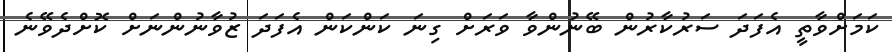
ކަމަަށްވާތީ އެފަދަ ސަރުކާރުން ބޭނުންވާ ވަރަށް ގިނަ ކަންކަން އެފަދަ ޒުވާނުންނަށް ކޮށްދެވޭނެ